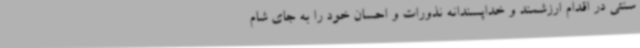
سنتی در اقدام ارزشمند و خداپسندانه نذورات و احسان خود را به جای شام